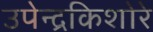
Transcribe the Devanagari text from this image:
उपेन्द्रकिशोरे